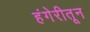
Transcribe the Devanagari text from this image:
हंगेरीतून